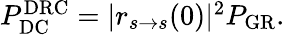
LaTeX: \begin{array}{r}{P_{\mathrm{DC}}^{\mathrm{DRC}}=|r_{s\rightarrow s}(0)|^{2}P_{\mathrm{GR}}.}\end{array}